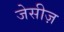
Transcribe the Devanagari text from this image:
जेसीज़